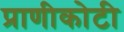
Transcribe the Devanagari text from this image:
प्राणीकोटी